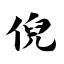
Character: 倪